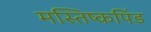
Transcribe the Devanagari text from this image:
मस्तिष्कपिंड